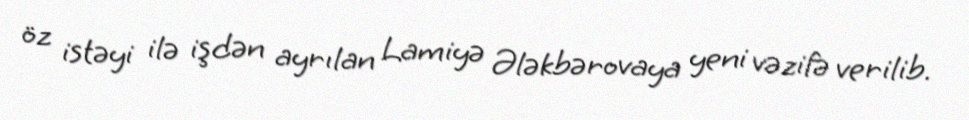
öz istəyi ilə işdən ayrılan Lamiyə Ələkbərovaya yeni vəzifə verilib.